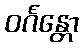
ဝင်္ဂန္တော